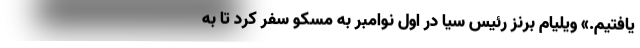
یافتیم.» ویلیام برنز رئیس سیا در اول نوامبر به مسکو سفر کرد تا به